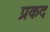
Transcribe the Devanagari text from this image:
प्रकद